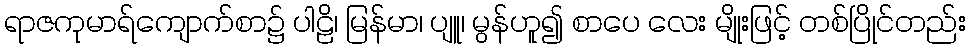
ရာဇကုမာရ်ကျောက်စာ၌ ပါဠိ၊ မြန်မာ၊ ပျူ၊ မွန်ဟူ၍ စာပေ လေး မျိုးဖြင့် တစ်ပြိုင်တည်း